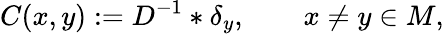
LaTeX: C(x,y):=D^{-1}*\delta_{y},\qquad x\neq y\in M,